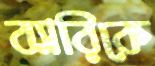
ব্যারিকে